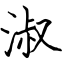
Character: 淑